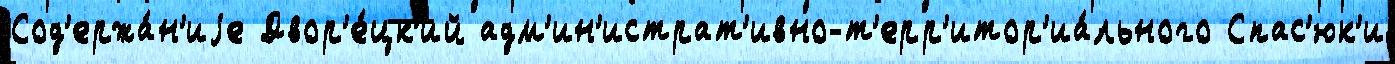
Сод'ержа́н'иjе Двор'е́цк'ий адм'ин'истрат'ивно-т'ерр'итор'иа́льного Спас'юк'и